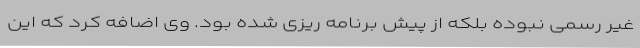
غیر رسمی نبوده بلکه از پیش برنامه ریزی شده بود. وی اضافه کرد که این